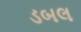
ડબલ